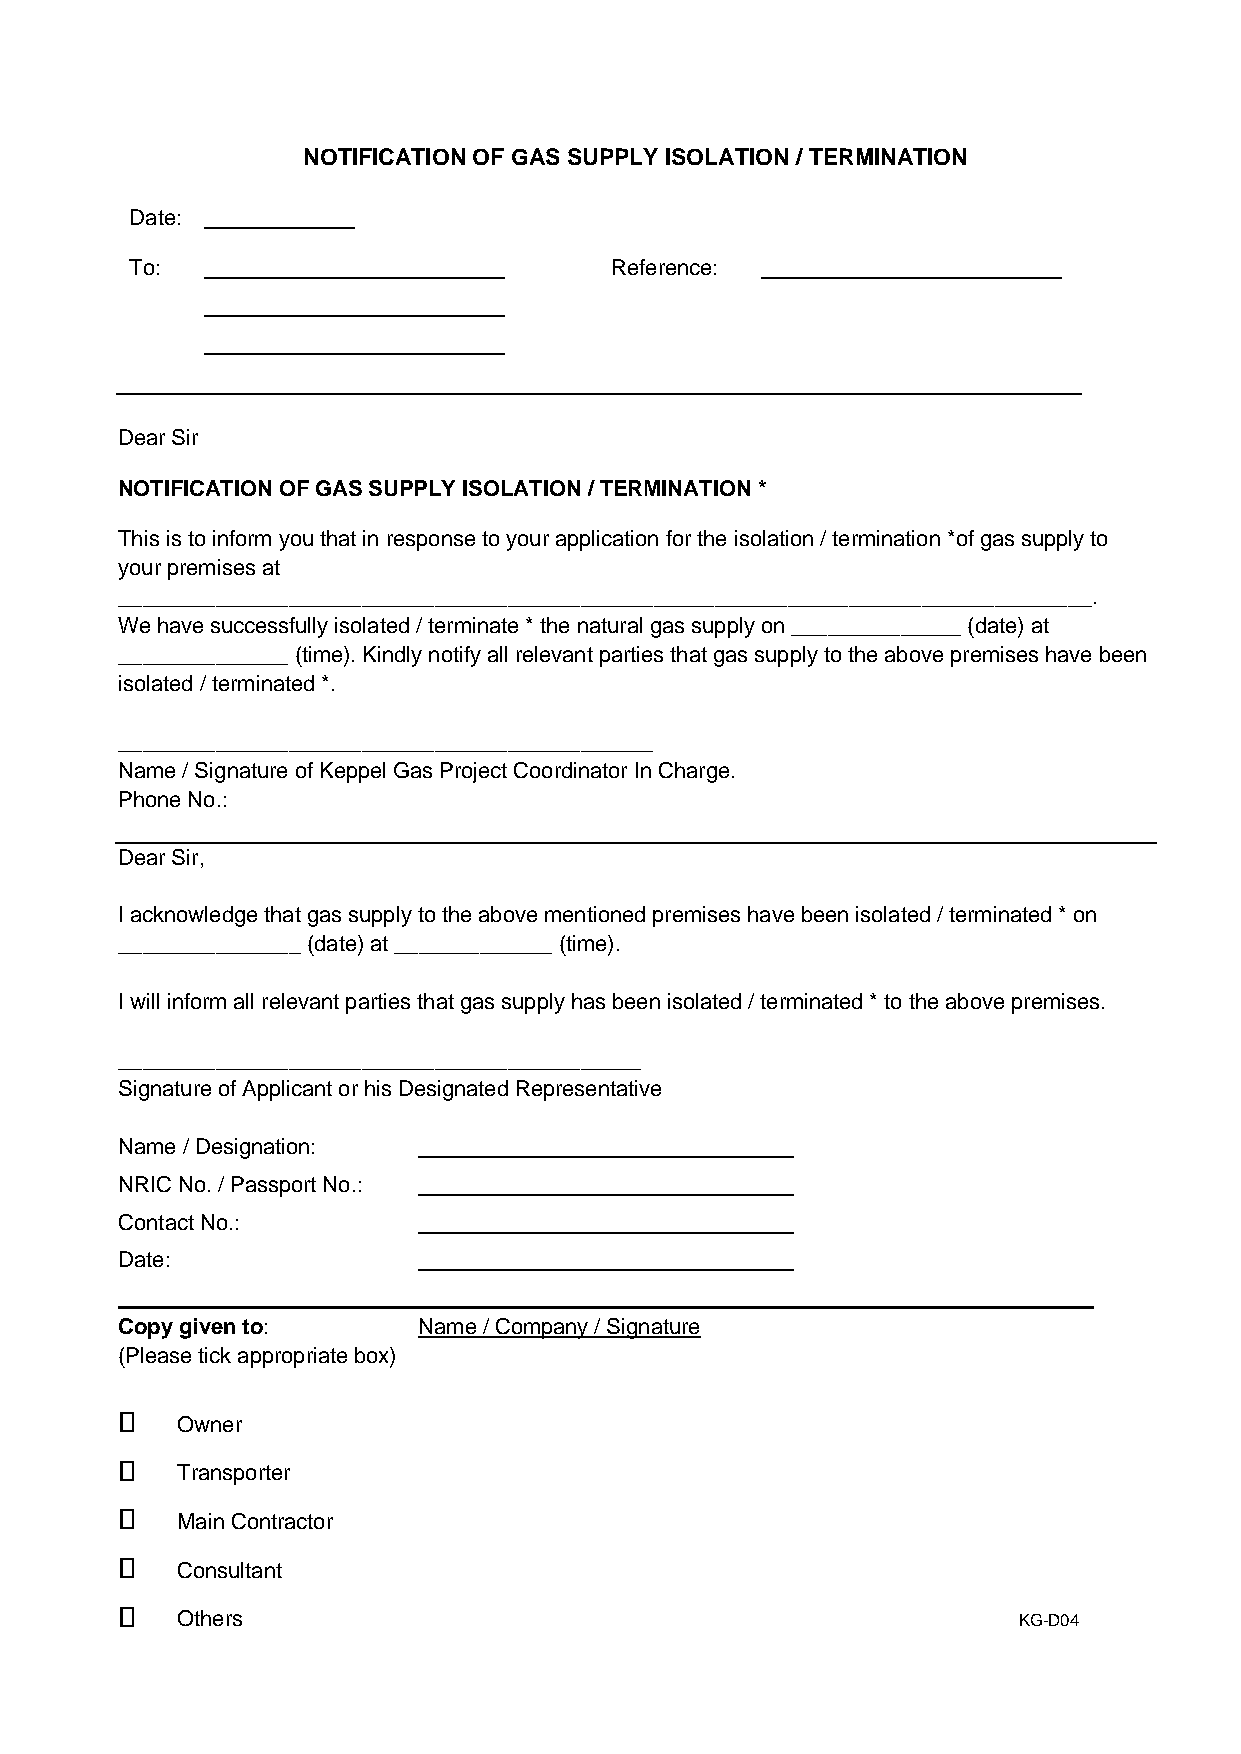
NOTIFICATION OF GAS SUPPLY ISOLATION / TERMINATION
 Date:
 To:                            Reference:
 Dear Sir
 NOTIFICATION OF GAS SUPPLY ISOLATION / TERMINATION *
 This is to inform you that in response to your application for the isolation / termination *of gas supply to
 your premises at
 ________________________________________________________________________________.
 We have successfully isolated / terminate * the natural gas supply on ______________ (date) at
 ______________ (time). Kindly notify all relevant parties that gas supply to the above premises have been
 isolated / terminated *.
 ____________________________________________
 Name / Signature of Keppel Gas Project Coordinator In Charge.
 Phone No.:
 Dear Sir,
 I acknowledge that gas supply to the above mentioned premises have been isolated / terminated * on
 _______________ (date) at _____________ (time).
 I will inform all relevant parties that gas supply has been isolated / terminated * to the above premises.
 ___________________________________________
 Signature of Applicant or his Designated Representative
 Name / Designation:
 NRIC No. / Passport No.:
 Contact No.:
 Date:
 Copy given to:      Name / Company / Signature
 (Please tick appropriate box)
 Owner
 Transporter
 Main Contractor
 Consultant
 Others                                                 KG-D04